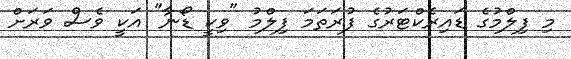
މި ފިލްމުގެ ޑައިރެކްޓަރުގެ ފުރަތަމަ ފިލްމު "ވިކީ ޑޯނާ" އަކީ ވެސް ވަރަށް